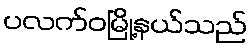
ပလက်ဝမြို့နယ်သည်